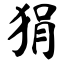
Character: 狷